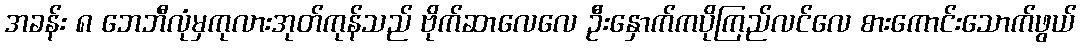
အခန်း ၈ ဘေဘီလုံမှကုလားအုတ်ကုန်သည် ဗိုက်ဆာလေလေ ဦးနှောက်ကပိုကြည်လင်လေ စားကောင်းသောက်ဖွယ်